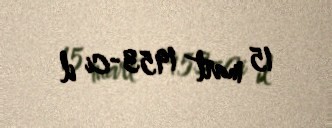
15 mart 1953-ci il